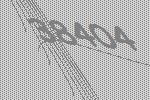
38404